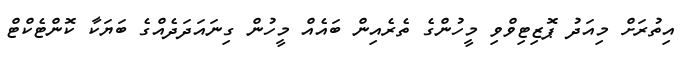
އިތުރަށް މިއަދު ޕޮޒިޓިވްވި މީހުންގެ ތެރެއިން ބައެއް މީހުން ގިނައަދަދެއްގެ ބަޔަކާ ކޮންޓެކްޓް